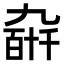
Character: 𫡰